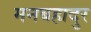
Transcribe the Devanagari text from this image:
मनबहादुर